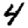
Digit: 4